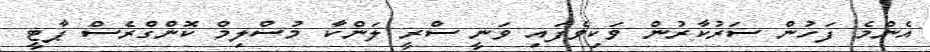
އެންމެ ފަހުން ސަރުކާރުން ވަކިވެފައި ވަނީ ސްރީ ލަންކާ މުސްލިމް ކޮންގްރެސް ޕާޓީ